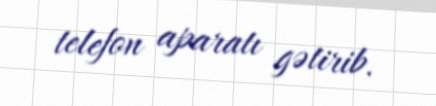
telefon aparatı gətirib.